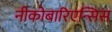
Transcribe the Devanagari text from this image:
नीकोबारिएन्सिस